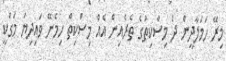
މިރޭ ހަމަލާދީން ދެ މިސްކިތުގެ ތެރެއިން އެއް މިސްކިތް ހިމެނޭ ވައިދިޔަ މަގަކީ